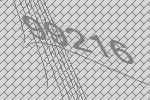
99216